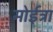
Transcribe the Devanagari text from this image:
मोईत्रा